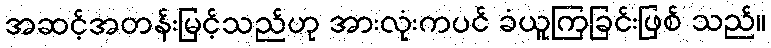
အဆင့်အတန်းမြင့်သည်ဟု အားလုံးကပင် ခံယူကြခြင်းဖြစ် သည်။